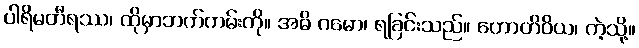
ပါရိမတီရဿ၊ ထိုမှာဘက်ကမ်းကို။ အဓိ ဂမော၊ ရခြင်းသည်။ ဟောတိဝိယ၊ ကဲ့သို့။